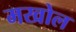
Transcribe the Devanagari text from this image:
मखोल